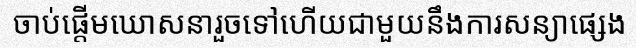
ចាប់ផ្តើមឃោសនារួចទៅហើយជាមួយនឹងការសន្យាផ្សេង